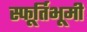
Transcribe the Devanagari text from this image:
स्फूर्तिभूमी